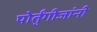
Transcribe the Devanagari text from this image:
पोर्तुंगीजांनी